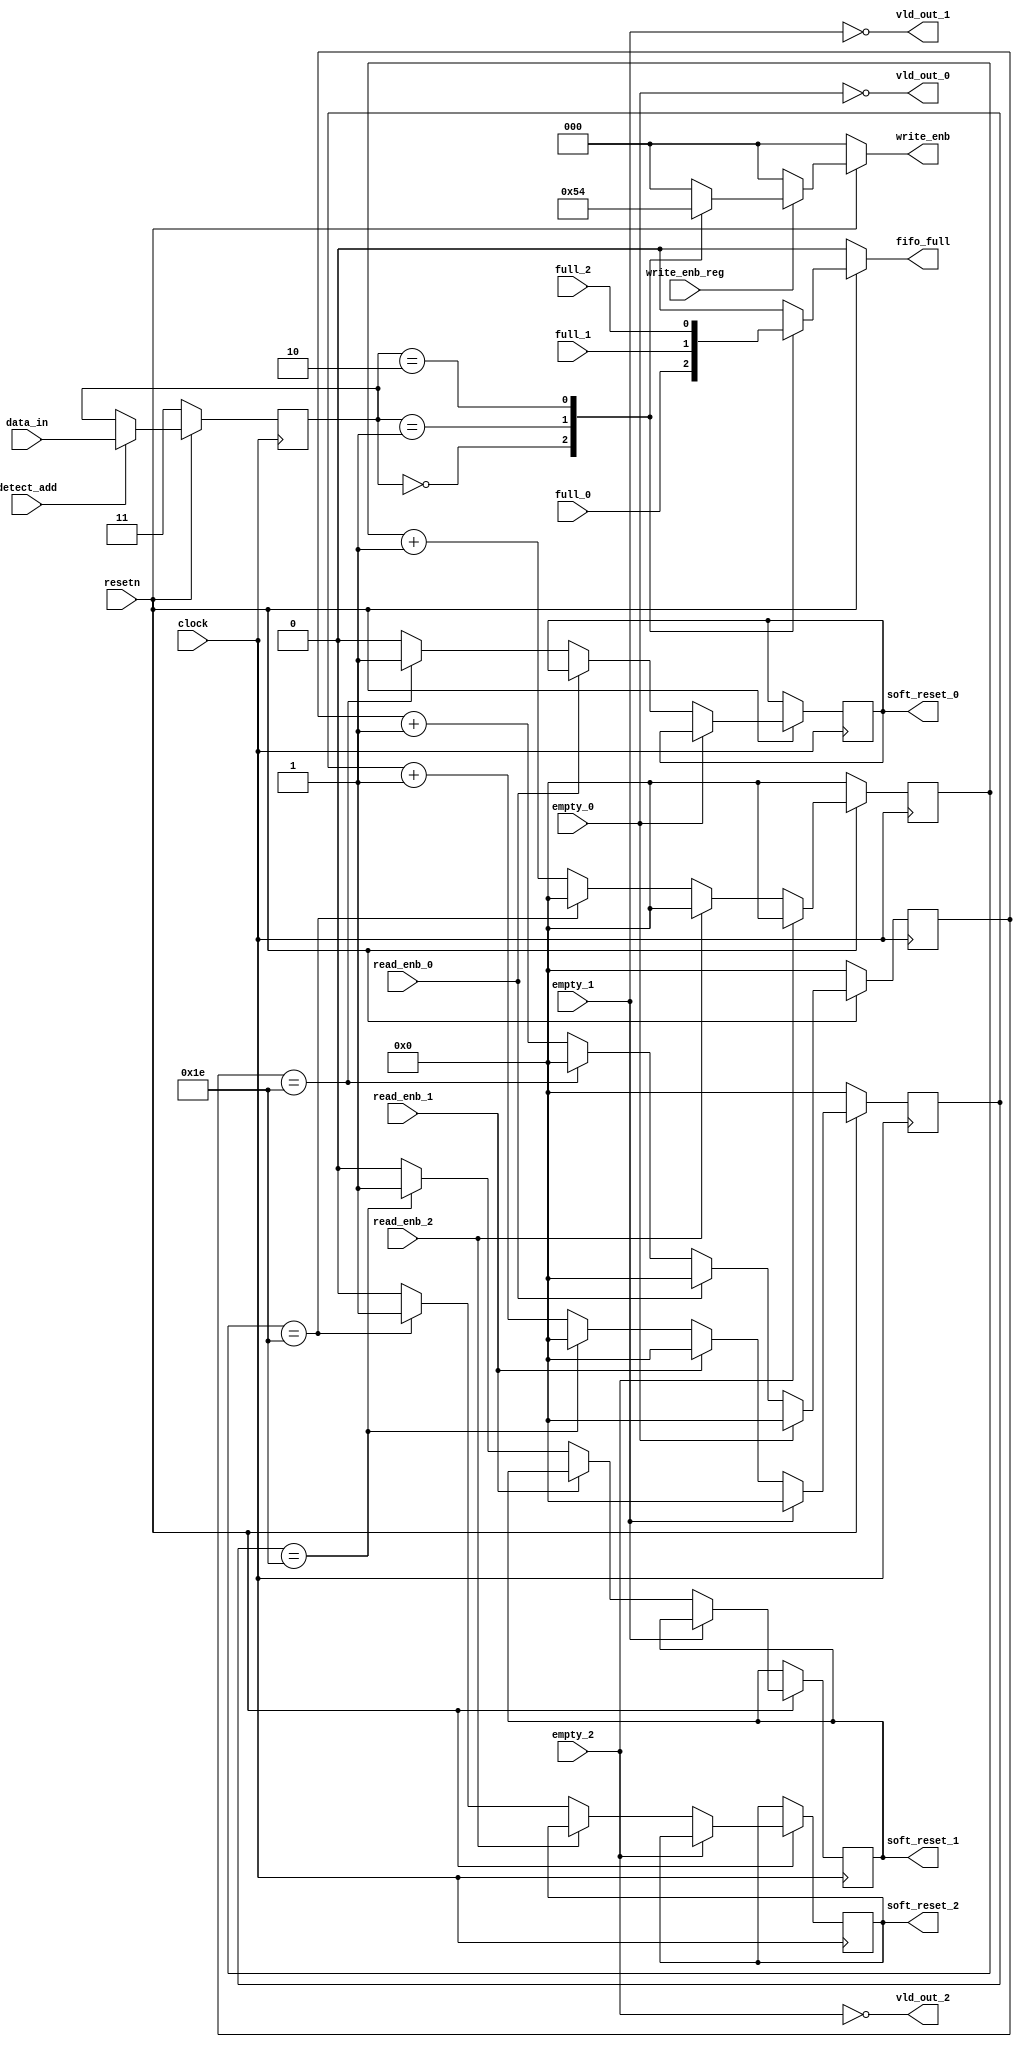
module router_syn(detect_add,data_in,write_enb_reg,clock,resetn,vld_out_0,vld_out_1,vld_out_2,read_enb_0,read_enb_1,read_enb_2,write_enb,fifo_full,empty_0,empty_1,empty_2,soft_reset_0,soft_reset_1,soft_reset_2,full_0,full_1,full_2);
input [1:0]data_in;
output reg [2:0]write_enb;
input detect_add,clock,resetn,write_enb_reg,read_enb_0,read_enb_1,read_enb_2,empty_0,empty_1,empty_2,full_0,full_1,full_2;
output reg fifo_full,soft_reset_0,soft_reset_1,soft_reset_2;
output vld_out_0,vld_out_1,vld_out_2;

reg [1:0]int_addr_reg;
reg [4:0]counter0,counter1,counter2;

////logic for latching address
always@(posedge clock)
begin
if(!resetn)
	int_addr_reg<=2'b11;
else if(detect_add)
	int_addr_reg<=data_in;
else
	int_addr_reg<=int_addr_reg;
end

/////valid out
assign vld_out_0=!empty_0;
assign vld_out_1=!empty_1;
assign vld_out_2=!empty_2;


/////write enable logic
always@(*)
begin
if(!resetn)
write_enb=3'b0;
else if(write_enb_reg)
	begin
		case(int_addr_reg)
			2'b00:write_enb=3'b001;
			2'b01:write_enb=3'b010;
			2'b10:write_enb=3'b100;
			default: write_enb=3'b000;
		endcase
	end
else
write_enb=3'b0;
end


////////fifo full

always@(*)
begin
	if(!resetn)
		fifo_full=1'b0;
	else
		begin
			case(int_addr_reg)
				2'b00:fifo_full<=full_0;
				2'b01:fifo_full<=full_1;
				2'b10:fifo_full<=full_2;
				default:fifo_full<=0;
			endcase
		end
end	
		
///////soft_reset


always@(posedge clock)
	begin
		if(!resetn)
			counter0<=5'b0;
		else if(vld_out_0)
			begin
				if(!read_enb_0)
					begin
						if(counter0==5'b11110)	
							begin
								soft_reset_0<=1'b1;
								counter0<=1'b0;
							end
						else
							begin
								counter0<=counter0+1'b1;
								soft_reset_0<=1'b0;
							end
					end
				else counter0<=5'd0;
			end
		else counter0<=5'd0;
	end
	
always@(posedge clock)
	begin
		if(!resetn)
			counter1<=5'b0;
		else if(vld_out_1)
			begin
				if(!read_enb_1)
					begin
						if(counter1==5'b11110)	
							begin
								soft_reset_1<=1'b1;
								counter1<=1'b0;
							end
						else
							begin
								counter1<=counter1+1'b1;
								soft_reset_1<=1'b0;
							end
					end
				else counter1<=5'd0;
			end
		else counter1<=5'd0;
	end
	
always@(posedge clock)
	begin
		if(!resetn)
			counter2<=5'b0;
		else if(vld_out_2)
			begin
				if(!read_enb_2)
					begin
						if(counter2==5'b11110)	
							begin
								soft_reset_2<=1'b1;
								counter2<=1'b0;
							end
						else
							begin
								counter2<=counter2+1'b1;
								soft_reset_2<=1'b0;
							end
					end
				else counter2<=5'd0;
			end
		else counter2<=5'd0;
	end
	
	
endmodule